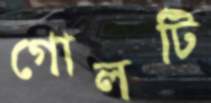
গোলটি